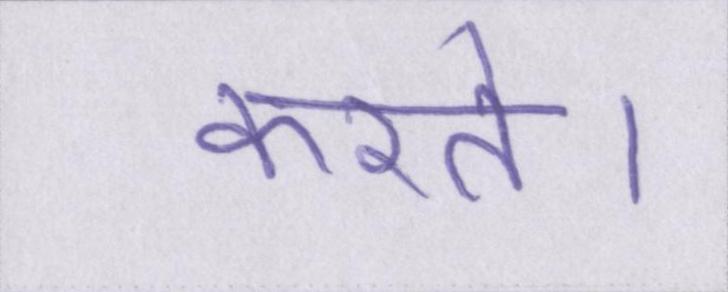
करते।